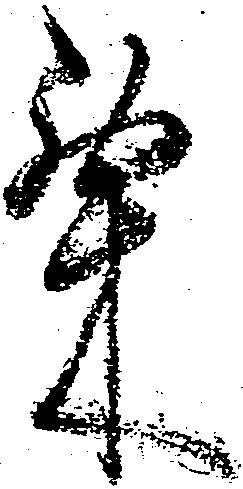
粟